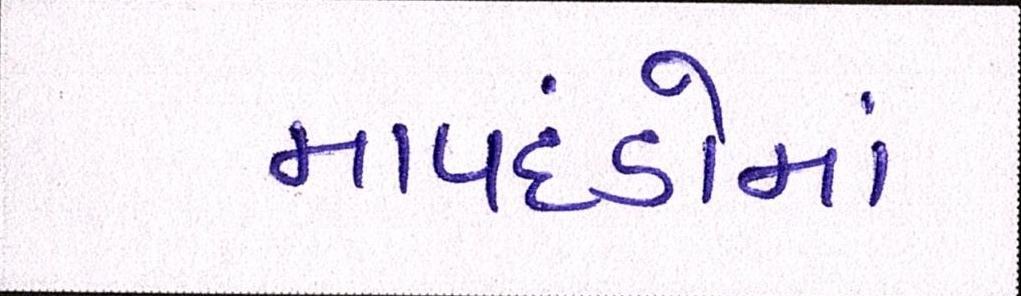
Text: માપદંડોમાં